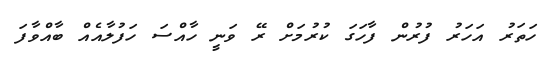
ހަތަރު އަހަރު ފުރުން ފާހަގަ ކުރުމަށް ރޭ ވަނީ ހާއްސަ ހަފުލާއެއް ބާއްވާފަ